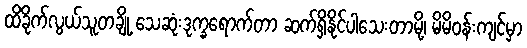
ထိခိုက်လွယ်သူတချို့ သေဆုံးဒုက္ခရောက်တာ ဆက်ရှိနိုင်ပါသေးတာမို့၊ မိမိဝန်းကျင်မှာ